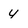
Character: 4